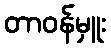
တာဝန်မှူး